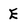
Character: E